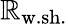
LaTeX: \mathbb{R}_{\mathrm{{w.sh.}}}